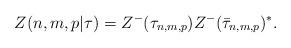
LaTeX: \begin{align*}Z(n,m,p|\tau)=Z^{-}(\tau_{n,m,p})Z^{-}(\bar{\tau}_{n,m,p})^{*}.\end{align*}